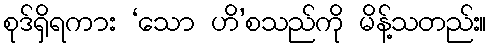
စုဒ်ရှိရကား ‘သော ဟိ’စသည်ကို မိန့်သတည်း။